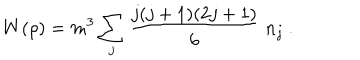
W { ( \rho ) } = m ^ { 3 } \sum _ { j } \frac { j ( j + 1 ) ( 2 j + 1 ) } { 6 } \; n _ { j } \ .